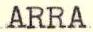
ARRA